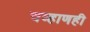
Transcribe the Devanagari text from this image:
चव्हाणही